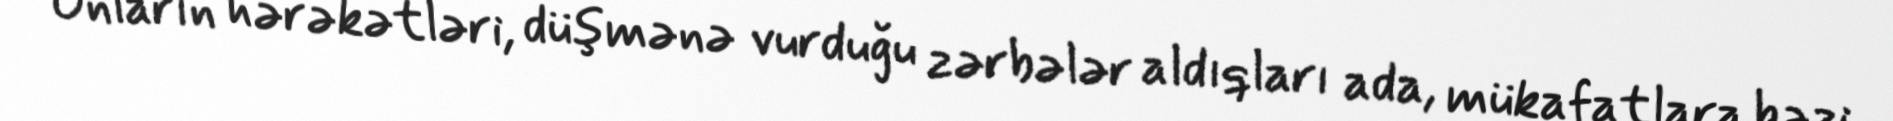
Onların hərəkətləri, düşmənə vurduğu zərbələr aldıqları ada, mükafatlara bəzi